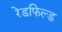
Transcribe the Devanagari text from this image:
रेडफिल्ड